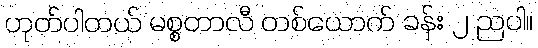
ဟုတ်ပါတယ် မစ္စတာလီ တစ်ယောက် ခန်း ၂ ညပါ။